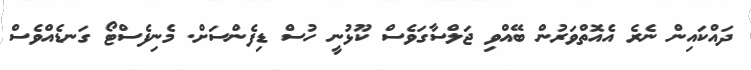
ދައްކައިން ނެރެ އެއޮތްވަރުން ބޭއްވި ޖަލްސާގަވެސް ކޫޅުނީ ހުސް ޑިފެންސަަށް. މެނިފެސްޓޯ ގަނޑެއްވެސް